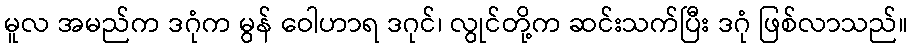
မူလ အမည်က ဒဂုံက မွန် ဝေါဟာရ ဒဂုင်၊ လွုင်တို့က ဆင်းသက်ပြီး ဒဂုံ ဖြစ်လာသည်။